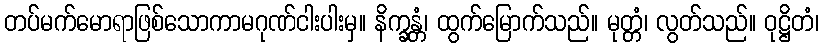
တပ်မက်မောရာဖြစ်သောကာမဂုဏ်ငါးပါးမှ။ နိက္ခန္တံ၊ ထွက်မြောက်သည်။ မုတ္တံ၊ လွတ်သည်။ ဝုဋ္ဌိတံ၊